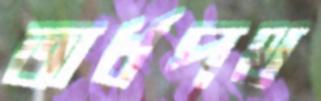
অর্ধপথ